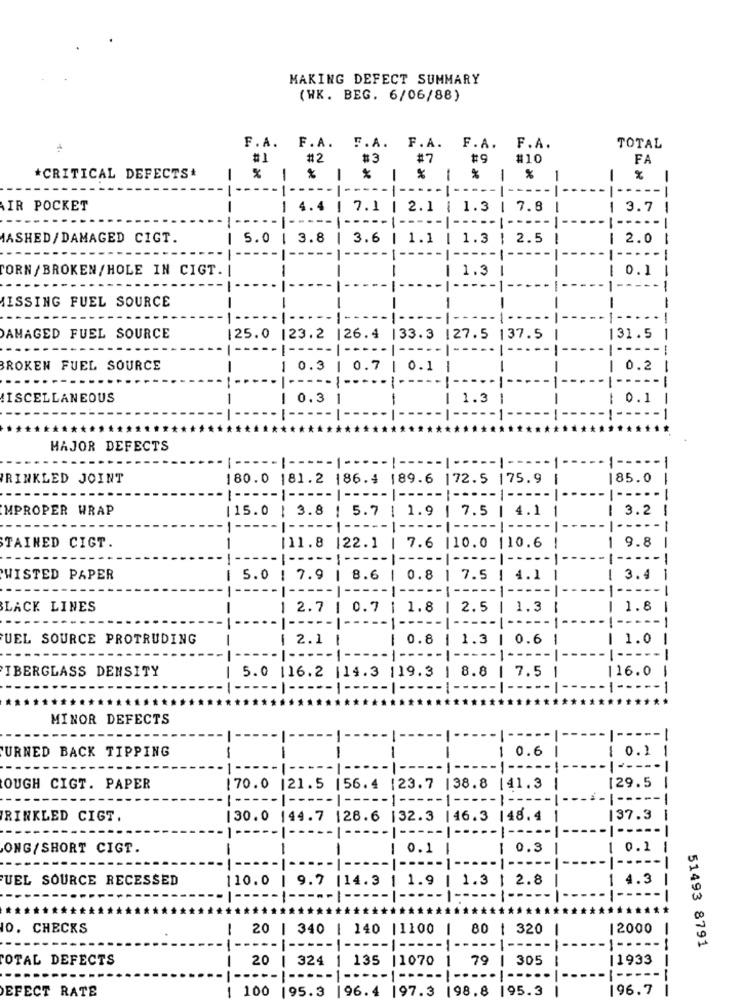
MAKING DEFECT SUMMARY
(WK. BEG. 6/06/88)
F. A. F. A. F. A. F. A. F. A. F.A.
TOTAL
#1
#2
#3
#7
#9
#10
FA
*CRITICAL DEFECTS
1 % | % | % | % | %
51 %
1
1
-
-- | ---- - [ --
-- 1
- -----
-
AIR POCKET
---
--
4.4 | 7.1 | 2.1 | 1.3 | 7.8 |
1 3.7
1
AASHED/ DAMAGED CIGT.
5.0 | 3.8 | 3.6 | 1.1 | 1.3 | 2.5 |
--
1 2.0 |
-----
--- | ----- [ ----- | --
----- | ---
---- | --...
CORN / BROKEN/HOLE IN CIGT.
1
| 1.3
1 0.1
----
1 --
1 --
I ----- 1
--
MISSING FUEL SOURCE
-
-
-
DAMAGED FUEL SOURCE
125.0 |23.2 |26.4 |33.3 127.5 137.5
131.5
BROKEN FUEL SOURCE
0.3
0.7
1 0.1
0.2
MISCELLANEOUS
0.3
.3
0.1
--
**********
MAJOR DEFECTS
-1 ----- | --
-- 1
1 -----
WRINKLED JOINT
180.0 181.2 186.4 189.6 172.5 175.9 |
185.0
-- | --
- | ----- |
---
MPROPER WRAP
[15.0 | 3.8 | 5.7 | 1.9 | 7.5 | 4.1 1
1 3.2 1
-----
-
--------------- | ----- [ ----- |
I -----
TAINED CIGT.
1 9.8
-
-
[11.8 |22.1 | 7.6 |10.0 |10.6
1 .-
--- | -----
-
WISTED PAPER
5.0 | 7.9 | 8.6 | 0.8 | 7.5 | 4.1
1 3.4
1
---
-- 1
-- 1
-- 1 ----- |-
1 --
-
LACK LINES
1 2.7 | 0.7 | 1.8 | 2.5 | 1.3 1
1 1.8
-
----- | ----- 1 ----- |-
----
---
UEL SOURCE PROTRUDING
1 2.1 |
1 0.8 | 1.3 | 0.6
1 1.0
-
----
--
-
IBERGLASS DENSITY
116.0
-
5.0 116.2 |14.3 119.3 | 8.8 | 7.5 1
- -
---- 1 ----- | ----- [ ----- | ----- |-
1 -----
-
****
MINOR DEFECTS
---
-- 1
-
TURNED BACK TIPPING
1 0.6
1 0.2
-
---
1 --
---
--
129.5
OUGH CIGT. PAPER
170.0 |21.5 |56. 4 123.7 | 38.8 |41.3
1 --
--- | ----- | ----- 1 ----- 1 --
--- | --
- | --
RINKLED CIGT.
30.0 144.7 128.6 |32.3 | 46.3 148.4
37.3
-
--
ONG/SHORT CIGT.
--
-
-
1 0.1
-
1 0.3
0.1
.-
UEL SOURCE RECESSED
110.0 | 9.7 |14.3 | 1.9 | 1.3 | 2.8
1 4.3
10. CHECKS
1
20 | 340 | 140 |1100 |
80 1 320
1
12000
--- ----- |
---
-
51493 8791
TOTAL DEFECTS
--
20
324 | 135 |1070 1
79 | 305
11933
1 ----
DEFECT RATE
100 195.3 |96.4 |97.3 198.8 195.3
1
196.7
--